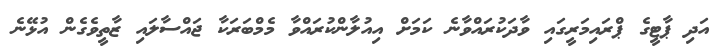
އަދި ޕާޓީގެ ޕްރައިމަރީގައި ވާދަކުރައްވާނެ ކަމަށް އިއުލާންކުރައްވާ މެމްބަރަކާ ޖައްސާލައި ޒާތީވެގެން އުޅޭނެ